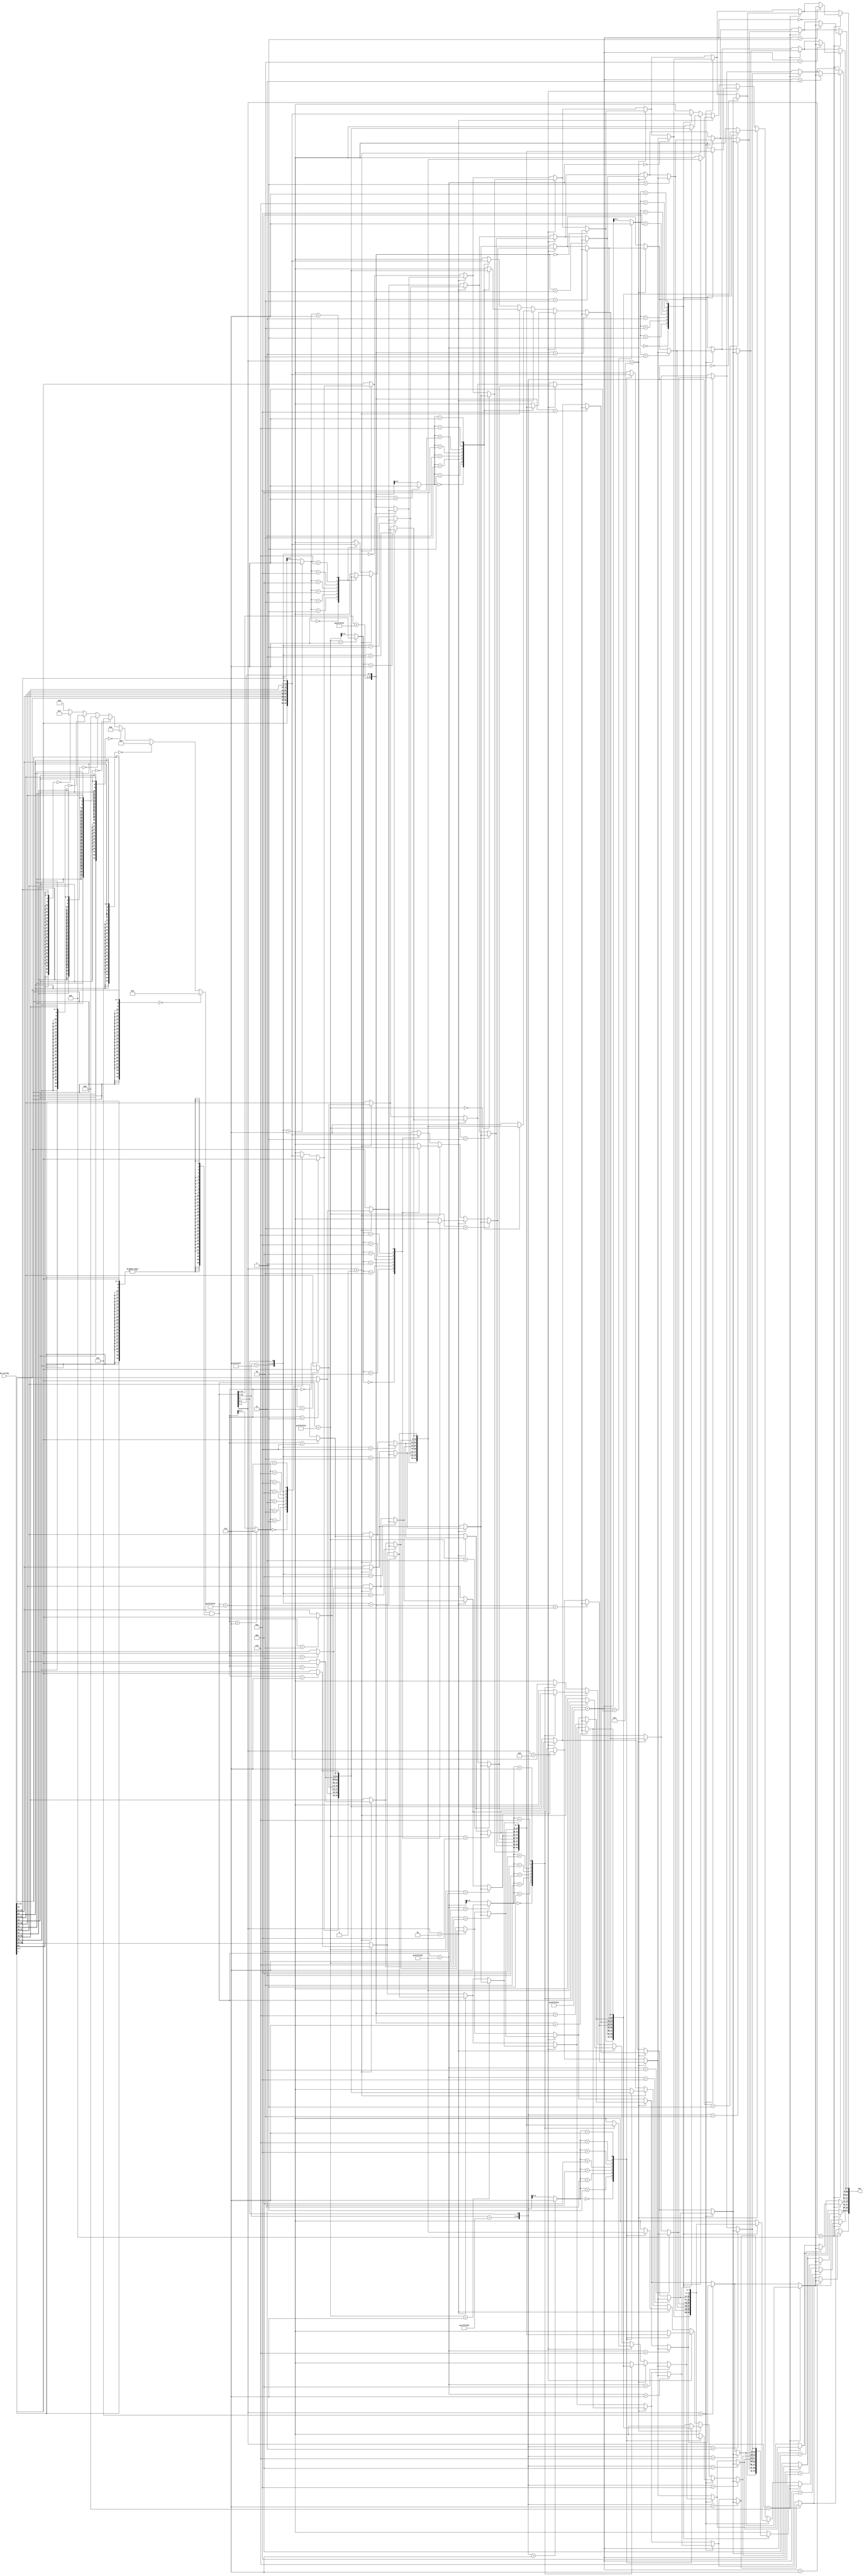
// This program was cloned from: https://github.com/Chair-for-Security-Engineering/fhewsyn
// License: BSD 3-Clause "New" or "Revised" License

// Copyright 2021 Google LLC
//
// Licensed under the Apache License, Version 2.0 (the "License");
// you may not use this file except in compliance with the License.
// You may obtain a copy of the License at
//
//      http://www.apache.org/licenses/LICENSE-2.0
//
// Unless required by applicable law or agreed to in writing, software
// distributed under the License is distributed on an "AS IS" BASIS,
// WITHOUT WARRANTIES OR CONDITIONS OF ANY KIND, either express or implied.
// See the License for the specific language governing permissions and
// limitations under the License.
module ReverseString(
  input wire [63:0] my_string,
  output wire [63:0] out
);
  wire [7:0] my_string_unflattened[0:7];
  assign my_string_unflattened[0] = my_string[7:0];
  assign my_string_unflattened[1] = my_string[15:8];
  assign my_string_unflattened[2] = my_string[23:16];
  assign my_string_unflattened[3] = my_string[31:24];
  assign my_string_unflattened[4] = my_string[39:32];
  assign my_string_unflattened[5] = my_string[47:40];
  assign my_string_unflattened[6] = my_string[55:48];
  assign my_string_unflattened[7] = my_string[63:56];
  wire [7:0] array_index_1736;
  wire [7:0] array_index_1740;
  wire [7:0] array_index_1747;
  wire [7:0] array_index_1754;
  wire [7:0] array_index_1761;
  wire [7:0] array_index_1767;
  wire [7:0] array_index_1779;
  wire [31:0] and_1790;
  wire [31:0] add_1792;
  wire [30:0] add_1797;
  wire [7:0] array_update_1799[0:7];
  wire [31:0] concat_1802;
  wire [7:0] array_update_1803[0:7];
  wire sgt_1804;
  wire [7:0] sel_1809[0:7];
  wire [31:0] add_1813;
  wire [7:0] array_update_1814[0:7];
  wire [7:0] array_update_1821[0:7];
  wire [29:0] add_1823;
  wire sgt_1825;
  wire [31:0] concat_1830;
  wire [7:0] sel_1831[0:7];
  wire [7:0] array_update_1838[0:7];
  wire [7:0] array_update_1845[0:7];
  wire [31:0] add_1848;
  wire sgt_1849;
  wire [7:0] sel_1858[0:7];
  wire [30:0] add_1864;
  wire [7:0] array_update_1867[0:7];
  wire [31:0] concat_1871;
  wire [7:0] array_update_1875[0:7];
  wire sgt_1881;
  wire [7:0] sel_1891[0:7];
  wire [31:0] add_1898;
  wire [7:0] array_update_1901[0:7];
  wire [7:0] array_update_1911[0:7];
  wire sgt_1918;
  wire [7:0] sel_1928[0:7];
  wire [7:0] array_update_1938[0:7];
  wire [7:0] array_update_1946[0:7];
  wire sgt_1950;
  wire [7:0] sel_1956[0:7];
  wire [7:0] array_update_1962[0:7];
  wire [7:0] array_update_1965[0:7];
  wire [7:0] sel_1966[0:7];
  assign array_index_1736 = my_string_unflattened[3'h6];
  assign array_index_1740 = my_string_unflattened[3'h5];
  assign array_index_1747 = my_string_unflattened[3'h4];
  assign array_index_1754 = my_string_unflattened[3'h3];
  assign array_index_1761 = my_string_unflattened[3'h2];
  assign array_index_1767 = my_string_unflattened[3'h1];
  assign array_index_1779 = my_string_unflattened[3'h0];
  assign and_1790 = {28'h000_0000, {{24{array_index_1767[7]}}, array_index_1767} == 32'h0000_0000 ? 4'h1 : ({{24{array_index_1761[7]}}, array_index_1761} == 32'h0000_0000 ? 4'h2 : ({{24{array_index_1754[7]}}, array_index_1754} == 32'h0000_0000 ? 4'h3 : ({{24{array_index_1747[7]}}, array_index_1747} == 32'h0000_0000 ? 4'h4 : ({{24{array_index_1740[7]}}, array_index_1740} == 32'h0000_0000 ? 4'h5 : ({{24{array_index_1736[7]}}, array_index_1736} == 32'h0000_0000 ? 4'h6 : ({{24{my_string_unflattened[3'h7][7]}}, my_string_unflattened[3'h7]} == 32'h0000_0000 ? 4'h7 : 4'h8))))))} & {32{{{24{array_index_1779[7]}}, array_index_1779} != 32'h0000_0000}};
  assign add_1792 = and_1790 + 32'hffff_ffff;
  assign add_1797 = and_1790[31:1] + 31'h7fff_ffff;
  assign array_update_1799[0] = my_string_unflattened[add_1792 > 32'h0000_0007 ? 32'h0000_0007 : add_1792];
  assign array_update_1799[1] = my_string_unflattened[1];
  assign array_update_1799[2] = my_string_unflattened[2];
  assign array_update_1799[3] = my_string_unflattened[3];
  assign array_update_1799[4] = my_string_unflattened[4];
  assign array_update_1799[5] = my_string_unflattened[5];
  assign array_update_1799[6] = my_string_unflattened[6];
  assign array_update_1799[7] = my_string_unflattened[7];
  assign concat_1802 = {add_1797, and_1790[0]};
  assign array_update_1803[0] = add_1792 == 32'h0000_0000 ? array_index_1779 : array_update_1799[0];
  assign array_update_1803[1] = add_1792 == 32'h0000_0001 ? array_index_1779 : array_update_1799[1];
  assign array_update_1803[2] = add_1792 == 32'h0000_0002 ? array_index_1779 : array_update_1799[2];
  assign array_update_1803[3] = add_1792 == 32'h0000_0003 ? array_index_1779 : array_update_1799[3];
  assign array_update_1803[4] = add_1792 == 32'h0000_0004 ? array_index_1779 : array_update_1799[4];
  assign array_update_1803[5] = add_1792 == 32'h0000_0005 ? array_index_1779 : array_update_1799[5];
  assign array_update_1803[6] = add_1792 == 32'h0000_0006 ? array_index_1779 : array_update_1799[6];
  assign array_update_1803[7] = add_1792 == 32'h0000_0007 ? array_index_1779 : array_update_1799[7];
  assign sgt_1804 = $signed(and_1790[4:1]) > $signed(4'h0);
  assign sel_1809[0] = sgt_1804 == 1'h0 ? my_string_unflattened[0] : array_update_1803[0];
  assign sel_1809[1] = sgt_1804 == 1'h0 ? my_string_unflattened[1] : array_update_1803[1];
  assign sel_1809[2] = sgt_1804 == 1'h0 ? my_string_unflattened[2] : array_update_1803[2];
  assign sel_1809[3] = sgt_1804 == 1'h0 ? my_string_unflattened[3] : array_update_1803[3];
  assign sel_1809[4] = sgt_1804 == 1'h0 ? my_string_unflattened[4] : array_update_1803[4];
  assign sel_1809[5] = sgt_1804 == 1'h0 ? my_string_unflattened[5] : array_update_1803[5];
  assign sel_1809[6] = sgt_1804 == 1'h0 ? my_string_unflattened[6] : array_update_1803[6];
  assign sel_1809[7] = sgt_1804 == 1'h0 ? my_string_unflattened[7] : array_update_1803[7];
  assign add_1813 = and_1790 + 32'hffff_fffd;
  assign array_update_1814[0] = sel_1809[0];
  assign array_update_1814[1] = sgt_1804 ? array_update_1803[concat_1802 > 32'h0000_0007 ? 32'h0000_0007 : concat_1802] : my_string_unflattened[concat_1802 > 32'h0000_0007 ? 32'h0000_0007 : concat_1802];
  assign array_update_1814[2] = sel_1809[2];
  assign array_update_1814[3] = sel_1809[3];
  assign array_update_1814[4] = sel_1809[4];
  assign array_update_1814[5] = sel_1809[5];
  assign array_update_1814[6] = sel_1809[6];
  assign array_update_1814[7] = sel_1809[7];
  assign array_update_1821[0] = concat_1802 == 32'h0000_0000 ? (sgt_1804 ? array_update_1803[3'h1] : array_index_1767) : array_update_1814[0];
  assign array_update_1821[1] = concat_1802 == 32'h0000_0001 ? (sgt_1804 ? array_update_1803[3'h1] : array_index_1767) : array_update_1814[1];
  assign array_update_1821[2] = concat_1802 == 32'h0000_0002 ? (sgt_1804 ? array_update_1803[3'h1] : array_index_1767) : array_update_1814[2];
  assign array_update_1821[3] = concat_1802 == 32'h0000_0003 ? (sgt_1804 ? array_update_1803[3'h1] : array_index_1767) : array_update_1814[3];
  assign array_update_1821[4] = concat_1802 == 32'h0000_0004 ? (sgt_1804 ? array_update_1803[3'h1] : array_index_1767) : array_update_1814[4];
  assign array_update_1821[5] = concat_1802 == 32'h0000_0005 ? (sgt_1804 ? array_update_1803[3'h1] : array_index_1767) : array_update_1814[5];
  assign array_update_1821[6] = concat_1802 == 32'h0000_0006 ? (sgt_1804 ? array_update_1803[3'h1] : array_index_1767) : array_update_1814[6];
  assign array_update_1821[7] = concat_1802 == 32'h0000_0007 ? (sgt_1804 ? array_update_1803[3'h1] : array_index_1767) : array_update_1814[7];
  assign add_1823 = and_1790[31:2] + 30'h3fff_ffff;
  assign sgt_1825 = $signed(and_1790[4:1]) > $signed(4'h1);
  assign concat_1830 = {add_1823, and_1790[1:0]};
  assign sel_1831[0] = sgt_1825 == 1'h0 ? sel_1809[0] : array_update_1821[0];
  assign sel_1831[1] = sgt_1825 == 1'h0 ? sel_1809[1] : array_update_1821[1];
  assign sel_1831[2] = sgt_1825 == 1'h0 ? sel_1809[2] : array_update_1821[2];
  assign sel_1831[3] = sgt_1825 == 1'h0 ? sel_1809[3] : array_update_1821[3];
  assign sel_1831[4] = sgt_1825 == 1'h0 ? sel_1809[4] : array_update_1821[4];
  assign sel_1831[5] = sgt_1825 == 1'h0 ? sel_1809[5] : array_update_1821[5];
  assign sel_1831[6] = sgt_1825 == 1'h0 ? sel_1809[6] : array_update_1821[6];
  assign sel_1831[7] = sgt_1825 == 1'h0 ? sel_1809[7] : array_update_1821[7];
  assign array_update_1838[0] = sel_1831[0];
  assign array_update_1838[1] = sel_1831[1];
  assign array_update_1838[2] = sgt_1825 ? array_update_1821[add_1813 > 32'h0000_0007 ? 32'h0000_0007 : add_1813] : (sgt_1804 ? array_update_1803[add_1813 > 32'h0000_0007 ? 32'h0000_0007 : add_1813] : my_string_unflattened[add_1813 > 32'h0000_0007 ? 32'h0000_0007 : add_1813]);
  assign array_update_1838[3] = sel_1831[3];
  assign array_update_1838[4] = sel_1831[4];
  assign array_update_1838[5] = sel_1831[5];
  assign array_update_1838[6] = sel_1831[6];
  assign array_update_1838[7] = sel_1831[7];
  assign array_update_1845[0] = add_1813 == 32'h0000_0000 ? (sgt_1825 ? array_update_1821[3'h2] : (sgt_1804 ? array_update_1803[3'h2] : array_index_1761)) : array_update_1838[0];
  assign array_update_1845[1] = add_1813 == 32'h0000_0001 ? (sgt_1825 ? array_update_1821[3'h2] : (sgt_1804 ? array_update_1803[3'h2] : array_index_1761)) : array_update_1838[1];
  assign array_update_1845[2] = add_1813 == 32'h0000_0002 ? (sgt_1825 ? array_update_1821[3'h2] : (sgt_1804 ? array_update_1803[3'h2] : array_index_1761)) : array_update_1838[2];
  assign array_update_1845[3] = add_1813 == 32'h0000_0003 ? (sgt_1825 ? array_update_1821[3'h2] : (sgt_1804 ? array_update_1803[3'h2] : array_index_1761)) : array_update_1838[3];
  assign array_update_1845[4] = add_1813 == 32'h0000_0004 ? (sgt_1825 ? array_update_1821[3'h2] : (sgt_1804 ? array_update_1803[3'h2] : array_index_1761)) : array_update_1838[4];
  assign array_update_1845[5] = add_1813 == 32'h0000_0005 ? (sgt_1825 ? array_update_1821[3'h2] : (sgt_1804 ? array_update_1803[3'h2] : array_index_1761)) : array_update_1838[5];
  assign array_update_1845[6] = add_1813 == 32'h0000_0006 ? (sgt_1825 ? array_update_1821[3'h2] : (sgt_1804 ? array_update_1803[3'h2] : array_index_1761)) : array_update_1838[6];
  assign array_update_1845[7] = add_1813 == 32'h0000_0007 ? (sgt_1825 ? array_update_1821[3'h2] : (sgt_1804 ? array_update_1803[3'h2] : array_index_1761)) : array_update_1838[7];
  assign add_1848 = and_1790 + 32'hffff_fffb;
  assign sgt_1849 = $signed(and_1790[4:1]) > $signed(4'h2);
  assign sel_1858[0] = sgt_1849 == 1'h0 ? sel_1831[0] : array_update_1845[0];
  assign sel_1858[1] = sgt_1849 == 1'h0 ? sel_1831[1] : array_update_1845[1];
  assign sel_1858[2] = sgt_1849 == 1'h0 ? sel_1831[2] : array_update_1845[2];
  assign sel_1858[3] = sgt_1849 == 1'h0 ? sel_1831[3] : array_update_1845[3];
  assign sel_1858[4] = sgt_1849 == 1'h0 ? sel_1831[4] : array_update_1845[4];
  assign sel_1858[5] = sgt_1849 == 1'h0 ? sel_1831[5] : array_update_1845[5];
  assign sel_1858[6] = sgt_1849 == 1'h0 ? sel_1831[6] : array_update_1845[6];
  assign sel_1858[7] = sgt_1849 == 1'h0 ? sel_1831[7] : array_update_1845[7];
  assign add_1864 = and_1790[31:1] + 31'h7fff_fffd;
  assign array_update_1867[0] = sel_1858[0];
  assign array_update_1867[1] = sel_1858[1];
  assign array_update_1867[2] = sel_1858[2];
  assign array_update_1867[3] = sgt_1849 ? array_update_1845[concat_1830 > 32'h0000_0007 ? 32'h0000_0007 : concat_1830] : (sgt_1825 ? array_update_1821[concat_1830 > 32'h0000_0007 ? 32'h0000_0007 : concat_1830] : (sgt_1804 ? array_update_1803[concat_1830 > 32'h0000_0007 ? 32'h0000_0007 : concat_1830] : my_string_unflattened[concat_1830 > 32'h0000_0007 ? 32'h0000_0007 : concat_1830]));
  assign array_update_1867[4] = sel_1858[4];
  assign array_update_1867[5] = sel_1858[5];
  assign array_update_1867[6] = sel_1858[6];
  assign array_update_1867[7] = sel_1858[7];
  assign concat_1871 = {add_1864, and_1790[0]};
  assign array_update_1875[0] = concat_1830 == 32'h0000_0000 ? (sgt_1849 ? array_update_1845[3'h3] : (sgt_1825 ? array_update_1821[3'h3] : (sgt_1804 ? array_update_1803[3'h3] : array_index_1754))) : array_update_1867[0];
  assign array_update_1875[1] = concat_1830 == 32'h0000_0001 ? (sgt_1849 ? array_update_1845[3'h3] : (sgt_1825 ? array_update_1821[3'h3] : (sgt_1804 ? array_update_1803[3'h3] : array_index_1754))) : array_update_1867[1];
  assign array_update_1875[2] = concat_1830 == 32'h0000_0002 ? (sgt_1849 ? array_update_1845[3'h3] : (sgt_1825 ? array_update_1821[3'h3] : (sgt_1804 ? array_update_1803[3'h3] : array_index_1754))) : array_update_1867[2];
  assign array_update_1875[3] = concat_1830 == 32'h0000_0003 ? (sgt_1849 ? array_update_1845[3'h3] : (sgt_1825 ? array_update_1821[3'h3] : (sgt_1804 ? array_update_1803[3'h3] : array_index_1754))) : array_update_1867[3];
  assign array_update_1875[4] = concat_1830 == 32'h0000_0004 ? (sgt_1849 ? array_update_1845[3'h3] : (sgt_1825 ? array_update_1821[3'h3] : (sgt_1804 ? array_update_1803[3'h3] : array_index_1754))) : array_update_1867[4];
  assign array_update_1875[5] = concat_1830 == 32'h0000_0005 ? (sgt_1849 ? array_update_1845[3'h3] : (sgt_1825 ? array_update_1821[3'h3] : (sgt_1804 ? array_update_1803[3'h3] : array_index_1754))) : array_update_1867[5];
  assign array_update_1875[6] = concat_1830 == 32'h0000_0006 ? (sgt_1849 ? array_update_1845[3'h3] : (sgt_1825 ? array_update_1821[3'h3] : (sgt_1804 ? array_update_1803[3'h3] : array_index_1754))) : array_update_1867[6];
  assign array_update_1875[7] = concat_1830 == 32'h0000_0007 ? (sgt_1849 ? array_update_1845[3'h3] : (sgt_1825 ? array_update_1821[3'h3] : (sgt_1804 ? array_update_1803[3'h3] : array_index_1754))) : array_update_1867[7];
  assign sgt_1881 = $signed(and_1790[4:1]) > $signed(4'h3);
  assign sel_1891[0] = sgt_1881 == 1'h0 ? sel_1858[0] : array_update_1875[0];
  assign sel_1891[1] = sgt_1881 == 1'h0 ? sel_1858[1] : array_update_1875[1];
  assign sel_1891[2] = sgt_1881 == 1'h0 ? sel_1858[2] : array_update_1875[2];
  assign sel_1891[3] = sgt_1881 == 1'h0 ? sel_1858[3] : array_update_1875[3];
  assign sel_1891[4] = sgt_1881 == 1'h0 ? sel_1858[4] : array_update_1875[4];
  assign sel_1891[5] = sgt_1881 == 1'h0 ? sel_1858[5] : array_update_1875[5];
  assign sel_1891[6] = sgt_1881 == 1'h0 ? sel_1858[6] : array_update_1875[6];
  assign sel_1891[7] = sgt_1881 == 1'h0 ? sel_1858[7] : array_update_1875[7];
  assign add_1898 = and_1790 + 32'hffff_fff9;
  assign array_update_1901[0] = sel_1891[0];
  assign array_update_1901[1] = sel_1891[1];
  assign array_update_1901[2] = sel_1891[2];
  assign array_update_1901[3] = sel_1891[3];
  assign array_update_1901[4] = sgt_1881 ? array_update_1875[add_1848 > 32'h0000_0007 ? 32'h0000_0007 : add_1848] : (sgt_1849 ? array_update_1845[add_1848 > 32'h0000_0007 ? 32'h0000_0007 : add_1848] : (sgt_1825 ? array_update_1821[add_1848 > 32'h0000_0007 ? 32'h0000_0007 : add_1848] : (sgt_1804 ? array_update_1803[add_1848 > 32'h0000_0007 ? 32'h0000_0007 : add_1848] : my_string_unflattened[add_1848 > 32'h0000_0007 ? 32'h0000_0007 : add_1848])));
  assign array_update_1901[5] = sel_1891[5];
  assign array_update_1901[6] = sel_1891[6];
  assign array_update_1901[7] = sel_1891[7];
  assign array_update_1911[0] = add_1848 == 32'h0000_0000 ? (sgt_1881 ? array_update_1875[3'h4] : (sgt_1849 ? array_update_1845[3'h4] : (sgt_1825 ? array_update_1821[3'h4] : (sgt_1804 ? array_update_1803[3'h4] : array_index_1747)))) : array_update_1901[0];
  assign array_update_1911[1] = add_1848 == 32'h0000_0001 ? (sgt_1881 ? array_update_1875[3'h4] : (sgt_1849 ? array_update_1845[3'h4] : (sgt_1825 ? array_update_1821[3'h4] : (sgt_1804 ? array_update_1803[3'h4] : array_index_1747)))) : array_update_1901[1];
  assign array_update_1911[2] = add_1848 == 32'h0000_0002 ? (sgt_1881 ? array_update_1875[3'h4] : (sgt_1849 ? array_update_1845[3'h4] : (sgt_1825 ? array_update_1821[3'h4] : (sgt_1804 ? array_update_1803[3'h4] : array_index_1747)))) : array_update_1901[2];
  assign array_update_1911[3] = add_1848 == 32'h0000_0003 ? (sgt_1881 ? array_update_1875[3'h4] : (sgt_1849 ? array_update_1845[3'h4] : (sgt_1825 ? array_update_1821[3'h4] : (sgt_1804 ? array_update_1803[3'h4] : array_index_1747)))) : array_update_1901[3];
  assign array_update_1911[4] = add_1848 == 32'h0000_0004 ? (sgt_1881 ? array_update_1875[3'h4] : (sgt_1849 ? array_update_1845[3'h4] : (sgt_1825 ? array_update_1821[3'h4] : (sgt_1804 ? array_update_1803[3'h4] : array_index_1747)))) : array_update_1901[4];
  assign array_update_1911[5] = add_1848 == 32'h0000_0005 ? (sgt_1881 ? array_update_1875[3'h4] : (sgt_1849 ? array_update_1845[3'h4] : (sgt_1825 ? array_update_1821[3'h4] : (sgt_1804 ? array_update_1803[3'h4] : array_index_1747)))) : array_update_1901[5];
  assign array_update_1911[6] = add_1848 == 32'h0000_0006 ? (sgt_1881 ? array_update_1875[3'h4] : (sgt_1849 ? array_update_1845[3'h4] : (sgt_1825 ? array_update_1821[3'h4] : (sgt_1804 ? array_update_1803[3'h4] : array_index_1747)))) : array_update_1901[6];
  assign array_update_1911[7] = add_1848 == 32'h0000_0007 ? (sgt_1881 ? array_update_1875[3'h4] : (sgt_1849 ? array_update_1845[3'h4] : (sgt_1825 ? array_update_1821[3'h4] : (sgt_1804 ? array_update_1803[3'h4] : array_index_1747)))) : array_update_1901[7];
  assign sgt_1918 = $signed(and_1790[4:1]) > $signed(4'h4);
  assign sel_1928[0] = sgt_1918 == 1'h0 ? sel_1891[0] : array_update_1911[0];
  assign sel_1928[1] = sgt_1918 == 1'h0 ? sel_1891[1] : array_update_1911[1];
  assign sel_1928[2] = sgt_1918 == 1'h0 ? sel_1891[2] : array_update_1911[2];
  assign sel_1928[3] = sgt_1918 == 1'h0 ? sel_1891[3] : array_update_1911[3];
  assign sel_1928[4] = sgt_1918 == 1'h0 ? sel_1891[4] : array_update_1911[4];
  assign sel_1928[5] = sgt_1918 == 1'h0 ? sel_1891[5] : array_update_1911[5];
  assign sel_1928[6] = sgt_1918 == 1'h0 ? sel_1891[6] : array_update_1911[6];
  assign sel_1928[7] = sgt_1918 == 1'h0 ? sel_1891[7] : array_update_1911[7];
  assign array_update_1938[0] = sel_1928[0];
  assign array_update_1938[1] = sel_1928[1];
  assign array_update_1938[2] = sel_1928[2];
  assign array_update_1938[3] = sel_1928[3];
  assign array_update_1938[4] = sel_1928[4];
  assign array_update_1938[5] = sgt_1918 ? array_update_1911[concat_1871 > 32'h0000_0007 ? 32'h0000_0007 : concat_1871] : (sgt_1881 ? array_update_1875[concat_1871 > 32'h0000_0007 ? 32'h0000_0007 : concat_1871] : (sgt_1849 ? array_update_1845[concat_1871 > 32'h0000_0007 ? 32'h0000_0007 : concat_1871] : (sgt_1825 ? array_update_1821[concat_1871 > 32'h0000_0007 ? 32'h0000_0007 : concat_1871] : (sgt_1804 ? array_update_1803[concat_1871 > 32'h0000_0007 ? 32'h0000_0007 : concat_1871] : my_string_unflattened[concat_1871 > 32'h0000_0007 ? 32'h0000_0007 : concat_1871]))));
  assign array_update_1938[6] = sel_1928[6];
  assign array_update_1938[7] = sel_1928[7];
  assign array_update_1946[0] = concat_1871 == 32'h0000_0000 ? (sgt_1918 ? array_update_1911[3'h5] : (sgt_1881 ? array_update_1875[3'h5] : (sgt_1849 ? array_update_1845[3'h5] : (sgt_1825 ? array_update_1821[3'h5] : (sgt_1804 ? array_update_1803[3'h5] : array_index_1740))))) : array_update_1938[0];
  assign array_update_1946[1] = concat_1871 == 32'h0000_0001 ? (sgt_1918 ? array_update_1911[3'h5] : (sgt_1881 ? array_update_1875[3'h5] : (sgt_1849 ? array_update_1845[3'h5] : (sgt_1825 ? array_update_1821[3'h5] : (sgt_1804 ? array_update_1803[3'h5] : array_index_1740))))) : array_update_1938[1];
  assign array_update_1946[2] = concat_1871 == 32'h0000_0002 ? (sgt_1918 ? array_update_1911[3'h5] : (sgt_1881 ? array_update_1875[3'h5] : (sgt_1849 ? array_update_1845[3'h5] : (sgt_1825 ? array_update_1821[3'h5] : (sgt_1804 ? array_update_1803[3'h5] : array_index_1740))))) : array_update_1938[2];
  assign array_update_1946[3] = concat_1871 == 32'h0000_0003 ? (sgt_1918 ? array_update_1911[3'h5] : (sgt_1881 ? array_update_1875[3'h5] : (sgt_1849 ? array_update_1845[3'h5] : (sgt_1825 ? array_update_1821[3'h5] : (sgt_1804 ? array_update_1803[3'h5] : array_index_1740))))) : array_update_1938[3];
  assign array_update_1946[4] = concat_1871 == 32'h0000_0004 ? (sgt_1918 ? array_update_1911[3'h5] : (sgt_1881 ? array_update_1875[3'h5] : (sgt_1849 ? array_update_1845[3'h5] : (sgt_1825 ? array_update_1821[3'h5] : (sgt_1804 ? array_update_1803[3'h5] : array_index_1740))))) : array_update_1938[4];
  assign array_update_1946[5] = concat_1871 == 32'h0000_0005 ? (sgt_1918 ? array_update_1911[3'h5] : (sgt_1881 ? array_update_1875[3'h5] : (sgt_1849 ? array_update_1845[3'h5] : (sgt_1825 ? array_update_1821[3'h5] : (sgt_1804 ? array_update_1803[3'h5] : array_index_1740))))) : array_update_1938[5];
  assign array_update_1946[6] = concat_1871 == 32'h0000_0006 ? (sgt_1918 ? array_update_1911[3'h5] : (sgt_1881 ? array_update_1875[3'h5] : (sgt_1849 ? array_update_1845[3'h5] : (sgt_1825 ? array_update_1821[3'h5] : (sgt_1804 ? array_update_1803[3'h5] : array_index_1740))))) : array_update_1938[6];
  assign array_update_1946[7] = concat_1871 == 32'h0000_0007 ? (sgt_1918 ? array_update_1911[3'h5] : (sgt_1881 ? array_update_1875[3'h5] : (sgt_1849 ? array_update_1845[3'h5] : (sgt_1825 ? array_update_1821[3'h5] : (sgt_1804 ? array_update_1803[3'h5] : array_index_1740))))) : array_update_1938[7];
  assign sgt_1950 = $signed(and_1790[4:1]) > $signed(4'h5);
  assign sel_1956[0] = sgt_1950 == 1'h0 ? sel_1928[0] : array_update_1946[0];
  assign sel_1956[1] = sgt_1950 == 1'h0 ? sel_1928[1] : array_update_1946[1];
  assign sel_1956[2] = sgt_1950 == 1'h0 ? sel_1928[2] : array_update_1946[2];
  assign sel_1956[3] = sgt_1950 == 1'h0 ? sel_1928[3] : array_update_1946[3];
  assign sel_1956[4] = sgt_1950 == 1'h0 ? sel_1928[4] : array_update_1946[4];
  assign sel_1956[5] = sgt_1950 == 1'h0 ? sel_1928[5] : array_update_1946[5];
  assign sel_1956[6] = sgt_1950 == 1'h0 ? sel_1928[6] : array_update_1946[6];
  assign sel_1956[7] = sgt_1950 == 1'h0 ? sel_1928[7] : array_update_1946[7];
  assign array_update_1962[0] = sel_1956[0];
  assign array_update_1962[1] = sel_1956[1];
  assign array_update_1962[2] = sel_1956[2];
  assign array_update_1962[3] = sel_1956[3];
  assign array_update_1962[4] = sel_1956[4];
  assign array_update_1962[5] = sel_1956[5];
  assign array_update_1962[6] = sgt_1950 ? array_update_1946[add_1898 > 32'h0000_0007 ? 32'h0000_0007 : add_1898] : (sgt_1918 ? array_update_1911[add_1898 > 32'h0000_0007 ? 32'h0000_0007 : add_1898] : (sgt_1881 ? array_update_1875[add_1898 > 32'h0000_0007 ? 32'h0000_0007 : add_1898] : (sgt_1849 ? array_update_1845[add_1898 > 32'h0000_0007 ? 32'h0000_0007 : add_1898] : (sgt_1825 ? array_update_1821[add_1898 > 32'h0000_0007 ? 32'h0000_0007 : add_1898] : (sgt_1804 ? array_update_1803[add_1898 > 32'h0000_0007 ? 32'h0000_0007 : add_1898] : my_string_unflattened[add_1898 > 32'h0000_0007 ? 32'h0000_0007 : add_1898])))));
  assign array_update_1962[7] = sel_1956[7];
  assign array_update_1965[0] = add_1898 == 32'h0000_0000 ? (sgt_1950 ? array_update_1946[3'h6] : (sgt_1918 ? array_update_1911[3'h6] : (sgt_1881 ? array_update_1875[3'h6] : (sgt_1849 ? array_update_1845[3'h6] : (sgt_1825 ? array_update_1821[3'h6] : (sgt_1804 ? array_update_1803[3'h6] : array_index_1736)))))) : array_update_1962[0];
  assign array_update_1965[1] = add_1898 == 32'h0000_0001 ? (sgt_1950 ? array_update_1946[3'h6] : (sgt_1918 ? array_update_1911[3'h6] : (sgt_1881 ? array_update_1875[3'h6] : (sgt_1849 ? array_update_1845[3'h6] : (sgt_1825 ? array_update_1821[3'h6] : (sgt_1804 ? array_update_1803[3'h6] : array_index_1736)))))) : array_update_1962[1];
  assign array_update_1965[2] = add_1898 == 32'h0000_0002 ? (sgt_1950 ? array_update_1946[3'h6] : (sgt_1918 ? array_update_1911[3'h6] : (sgt_1881 ? array_update_1875[3'h6] : (sgt_1849 ? array_update_1845[3'h6] : (sgt_1825 ? array_update_1821[3'h6] : (sgt_1804 ? array_update_1803[3'h6] : array_index_1736)))))) : array_update_1962[2];
  assign array_update_1965[3] = add_1898 == 32'h0000_0003 ? (sgt_1950 ? array_update_1946[3'h6] : (sgt_1918 ? array_update_1911[3'h6] : (sgt_1881 ? array_update_1875[3'h6] : (sgt_1849 ? array_update_1845[3'h6] : (sgt_1825 ? array_update_1821[3'h6] : (sgt_1804 ? array_update_1803[3'h6] : array_index_1736)))))) : array_update_1962[3];
  assign array_update_1965[4] = add_1898 == 32'h0000_0004 ? (sgt_1950 ? array_update_1946[3'h6] : (sgt_1918 ? array_update_1911[3'h6] : (sgt_1881 ? array_update_1875[3'h6] : (sgt_1849 ? array_update_1845[3'h6] : (sgt_1825 ? array_update_1821[3'h6] : (sgt_1804 ? array_update_1803[3'h6] : array_index_1736)))))) : array_update_1962[4];
  assign array_update_1965[5] = add_1898 == 32'h0000_0005 ? (sgt_1950 ? array_update_1946[3'h6] : (sgt_1918 ? array_update_1911[3'h6] : (sgt_1881 ? array_update_1875[3'h6] : (sgt_1849 ? array_update_1845[3'h6] : (sgt_1825 ? array_update_1821[3'h6] : (sgt_1804 ? array_update_1803[3'h6] : array_index_1736)))))) : array_update_1962[5];
  assign array_update_1965[6] = add_1898 == 32'h0000_0006 ? (sgt_1950 ? array_update_1946[3'h6] : (sgt_1918 ? array_update_1911[3'h6] : (sgt_1881 ? array_update_1875[3'h6] : (sgt_1849 ? array_update_1845[3'h6] : (sgt_1825 ? array_update_1821[3'h6] : (sgt_1804 ? array_update_1803[3'h6] : array_index_1736)))))) : array_update_1962[6];
  assign array_update_1965[7] = add_1898 == 32'h0000_0007 ? (sgt_1950 ? array_update_1946[3'h6] : (sgt_1918 ? array_update_1911[3'h6] : (sgt_1881 ? array_update_1875[3'h6] : (sgt_1849 ? array_update_1845[3'h6] : (sgt_1825 ? array_update_1821[3'h6] : (sgt_1804 ? array_update_1803[3'h6] : array_index_1736)))))) : array_update_1962[7];
  assign sel_1966[0] = $signed(and_1790[4:1]) > $signed(4'h6) == 1'h0 ? sel_1956[0] : array_update_1965[0];
  assign sel_1966[1] = $signed(and_1790[4:1]) > $signed(4'h6) == 1'h0 ? sel_1956[1] : array_update_1965[1];
  assign sel_1966[2] = $signed(and_1790[4:1]) > $signed(4'h6) == 1'h0 ? sel_1956[2] : array_update_1965[2];
  assign sel_1966[3] = $signed(and_1790[4:1]) > $signed(4'h6) == 1'h0 ? sel_1956[3] : array_update_1965[3];
  assign sel_1966[4] = $signed(and_1790[4:1]) > $signed(4'h6) == 1'h0 ? sel_1956[4] : array_update_1965[4];
  assign sel_1966[5] = $signed(and_1790[4:1]) > $signed(4'h6) == 1'h0 ? sel_1956[5] : array_update_1965[5];
  assign sel_1966[6] = $signed(and_1790[4:1]) > $signed(4'h6) == 1'h0 ? sel_1956[6] : array_update_1965[6];
  assign sel_1966[7] = $signed(and_1790[4:1]) > $signed(4'h6) == 1'h0 ? sel_1956[7] : array_update_1965[7];
  assign out = {sel_1966[7], sel_1966[6], sel_1966[5], sel_1966[4], sel_1966[3], sel_1966[2], sel_1966[1], sel_1966[0]};
endmodule